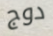
دوج